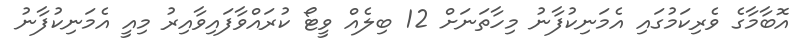
އޮބާމާގެ ވެރިކަމުގައި އެމަނިކުފާނު މިހާތަނަށް 12 ބިލެއް ވީޓޯ ކުރައްވާފައިވާއިރު މިއީ އެމަނިކުފާނު